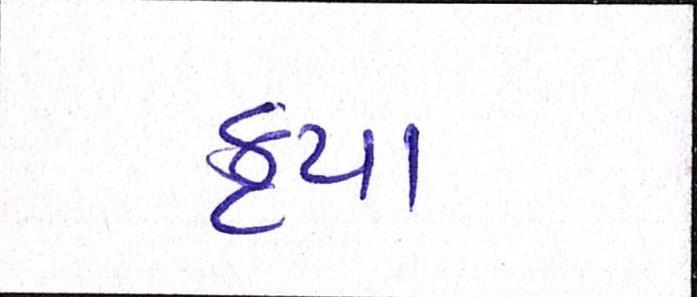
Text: કૃપા